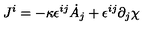
J ^ { i } = - \kappa \epsilon ^ { i j } \dot { A } _ { j } + \epsilon ^ { i j } \partial _ { j } \chi